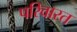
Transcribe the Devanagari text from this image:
परिवारत